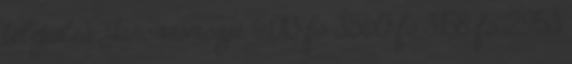
település Jánossomorja 6,013 fő 3,560 fő 3,158 fő 2,953